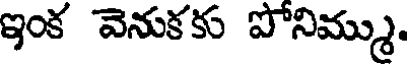
ఇంక వెనుకకు పోనిమ్ము.